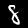
Label: 8